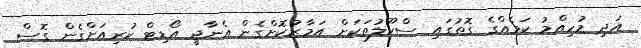
އަދި މުހިއްމު ކަމެއްގެ ގޮތުގައި ސްކޫލުތަކަށް އަމާޒުކޮށްގެން އެނާޖީ އޯޑިޓް ކުރިއަށްގެން ގޮސް